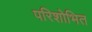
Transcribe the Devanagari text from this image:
परिशोभित